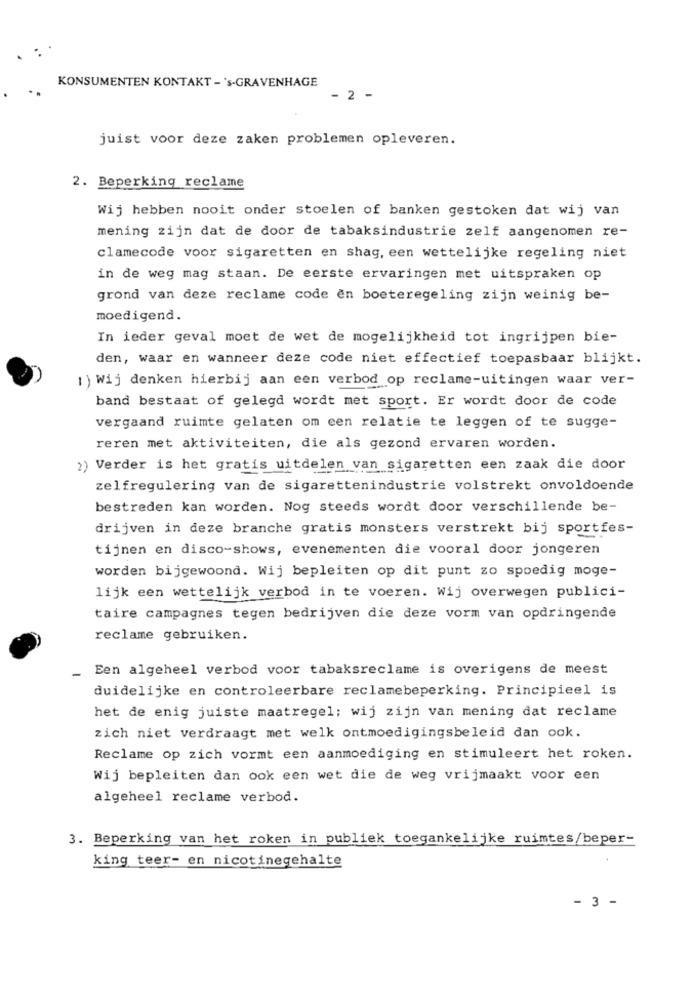
KONSUMENTEN KONTAKT - 's-GRAVENHAGE
- 2 -
juist voor deze zaken problemen opleveren.
2. Beperking reclame
Wij hebben nooit onder stoelen of banken gestoken dat wij van
mening zijn dat de door de tabaksindustrie zelf aangenomen re-
clamecode voor sigaretten en shag, een wettelijke regeling niet
in de weg mag staan. De eerste ervaringen met uitspraken op
grond van deze reclame code en boeteregeling zijn weinig be-
moedigend.
In ieder geval moet de wet de mogelijkheid tot ingrijpen bie-
den, waar en wanneer deze code niet effectief toepasbaar blijkt.
1 ) Wij denken hierbij aan een verbod op reclame-uitingen waar ver-
band bestaat of gelegd wordt met sport. Er wordt door de code
vergaand ruimte gelaten om een relatie te leggen of te sugge-
reren met aktiviteiten, die als gezond ervaren worden.
2) Verder is het gratis uitdelen van sigaretten een zaak die door
zelfregulering van de sigarettenindustrie volstrekt onvoldoende
bestreden kan worden. Nog steeds wordt door verschillende be-
drijven in deze branche gratis monsters verstrekt bij sportfes-
tijnen en disco-shows, evenementen die vooral door jongeren
worden bijgewoond. Wij bepleiten op dit punt zo spoedig moge-
lijk een wettelijk verbod in te voeren. Wij overwegen publici-
taire campagnes tegen bedrijven die deze vorm van opdringende
reclame gebruiken.
Een algeheel verbod voor tabaksreclame is overigens de meest
duidelijke en controleerbare reclamebeperking. Principieel is
het de enig juiste maatregel; wij zijn van mening dat reclame
zich niet verdraagt met welk ontmoedigingsbeleid dan ook.
Reclame op zich vormt een aanmoediging en stimuleert het roken.
Wij bepleiten dan ook een wet die de weg vrijmaakt voor een
algeheel reclame verbod.
3. Beperking van het roken in publiek toegankelijke ruimtes/beper-
king teer- en nicotinegehalte
- 3 -